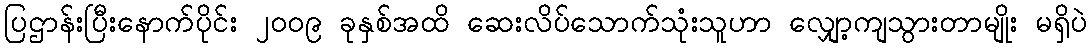
ပြဌာန်းပြီးနောက်ပိုင်း ၂၀၀၉ ခုနှစ်အထိ ဆေးလိပ်သောက်သုံးသူဟာ လျှော့ကျသွားတာမျိုး မရှိပဲ